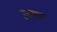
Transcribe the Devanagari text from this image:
उठवावा